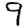
Digit: 9